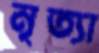
নৃত্যা